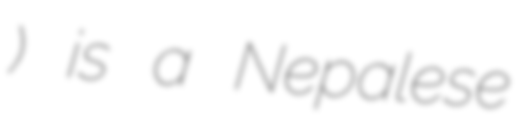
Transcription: ३) is a Nepalese